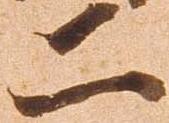
二